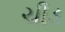
ચીડ